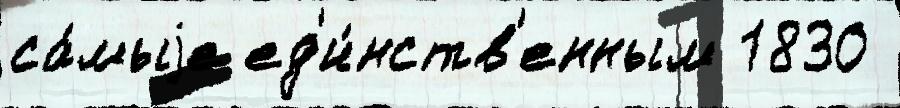
са́мыjе ед'и́нств'енным 1830